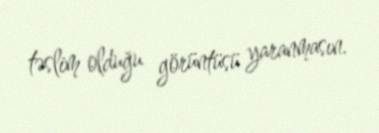
təslim olduğu görüntüsü yaranmasın.